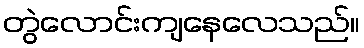
တွဲလောင်းကျနေလေသည်။